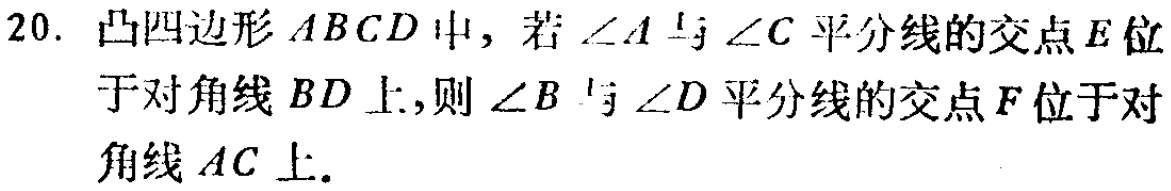
20. 凸四边形\(ABCD\)中，若\(\angle A\)与\(\angle C\)平分线的交点\(E\)位于对角线\(BD\)上，则\(\angle B\)与\(\angle D\)平分线的交点\(F\)位于对角线\(AC\)上.